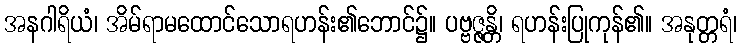
အနဂါရိယံ၊ အိမ်ရာမထောင်သောရဟန်း၏ဘောင်၌။ ပဗ္ဗဇ္ဇန္တိ၊ ရဟန်းပြုကုန်၏။ အနုတ္တရံ၊